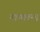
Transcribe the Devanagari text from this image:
नायलन्ड